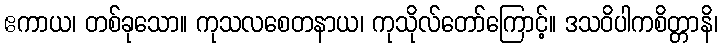
ဧကာယ၊ တစ်ခုသော။ ကုသလစေတနာယ၊ ကုသိုလ်တော်ကြောင့်။ ဒသဝိပါကစိတ္တာနိ၊